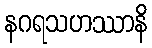
နဂရသဟဿာနိ